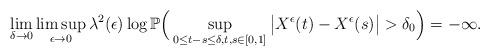
LaTeX: \begin{align*}\lim_{\delta\to0}\limsup_{\epsilon\to0}\lambda^2(\epsilon)\log\mathbb P\Big(\sup_{0\leq t-s\leq\delta, t,s\in[0,1]}\big|X^{\epsilon}(t)-X^{\epsilon}(s)\big|>\delta_0\Big)=-\infty.\end{align*}